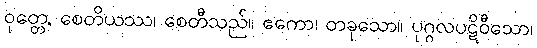
ဝုတ္တေ, စေတိယဿ၊ စေတီသည်။ ဧကော၊ တခုသော။ ပုဂ္ဂလပဋိဝီသော၊